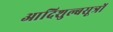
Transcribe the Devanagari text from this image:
आदिशुल्बसूत्रों